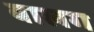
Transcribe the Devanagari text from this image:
बालग